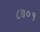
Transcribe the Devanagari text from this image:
८७०१